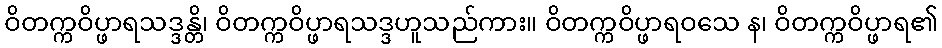
ဝိတက္ကဝိပ္ဖာရသဒ္ဒန္တိ၊ ဝိတက္ကဝိပ္ဖာရသဒ္ဒဟူသည်ကား။ ဝိတက္ကဝိပ္ဖာရဝသေ န၊ ဝိတက္ကဝိပ္ဖာရ၏